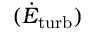
( \dot { E } _ { \mathrm { t u r b } } )